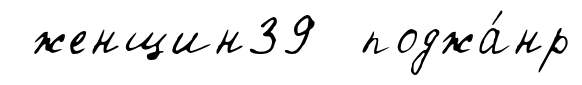
женщин39 поджа́нр